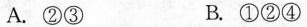
A. ②③ B. ①②④